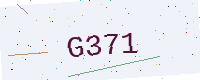
Text: G371